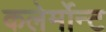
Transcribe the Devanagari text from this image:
कलेर्मोन्ट